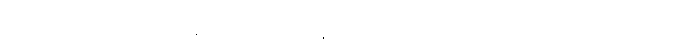
(ပေ-၆၁၇) တု၊ ကျစေသတည်း။ ဣတိ၊ သို့။ အာကာသေ၊ ကောင်းကင်၌။